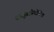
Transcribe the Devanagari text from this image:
वस्तुप्रतियोगिता